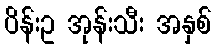
ပိန်းဥ အုန်းသီး အနှစ်